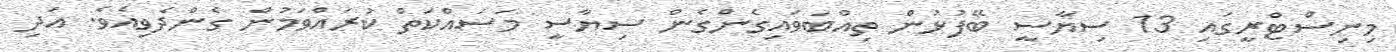
މިނިސްޓްރީގައި 13 ސިޔާސީ ބޭފުޅުން ތިއްބަވައިގެންގެން ސިޔާސީ މަސައްކަތް ކުރައްވަމުން ގެންދެވިއެވެ. އަދި